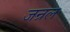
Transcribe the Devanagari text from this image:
जन्रल